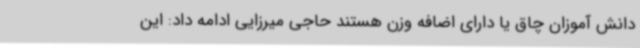
دانش آموزان چاق یا دارای اضافه وزن هستند حاجی میرزایی ادامه داد: این